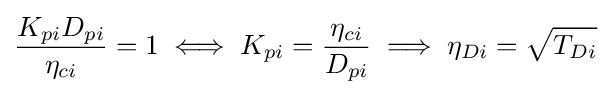
{\frac {K_{pi}D_{pi}}{\eta _{ci}}}=1\iff K_{pi}={\frac {\eta _{ci}}{D_{pi}}}\implies \eta _{Di}={\sqrt {T_{Di}}}